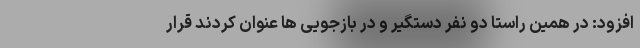
افزود: در همین راستا دو نفر دستگیر و در بازجویی ها عنوان کردند قرار